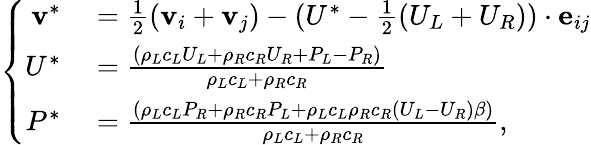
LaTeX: \left\{ \begin{array}{rl}{\textbf{v}^{*}}&{{}=\frac{1}{2}(\textbf{v}_{i}+\textbf{v}_{j})-(U^{*}-\frac{1}{2}(U_{L}+U_{R}))\cdot\textbf{e}_{ij}}\\ {U^{*}}&{{}=\frac{(\rho_{L}c_{L}U_{L}+\rho_{R}c_{R}U_{R}+P_{L}-P_{R})}{\rho_{L}c_{L}+\rho_{R}c_{R}}}\\ {P^{*}}&{{}=\frac{\left(\rho_{L}c_{L}P_{R}+\rho_{R}c_{R}P_{L}+\rho_{L}c_{L}\rho_{R}c_{R}\left(U_{L}-U_{R}\right)\beta\right)}{\rho_{L}c_{L}+\rho_{R}c_{R}},}\end{array}\right.